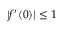
| f ^ { \prime } ( 0 ) | \leq 1